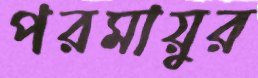
পরমায়ুর